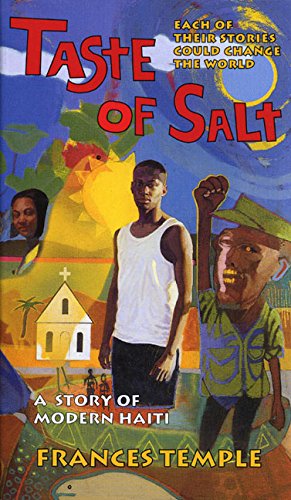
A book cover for Taste of Salt: A Story of Modern Haiti; Frances Temple; Teen & Young Adult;